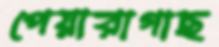
পেয়ারাগাছ